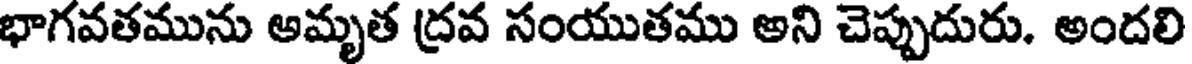
భాగవతమును అమృత ద్రవ సంయుతము అని చెప్పుదురు. అందలి